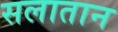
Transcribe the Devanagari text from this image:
सलातान